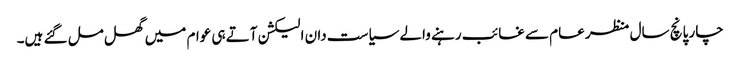
چار پانچ سال منظر عام سے غائب رہنے والے سیاست دان الیکشن آتے ہی عوام میں گھل مل گئے ہیں۔